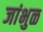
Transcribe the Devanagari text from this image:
जांभुळ